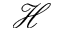
\mathscr { H }